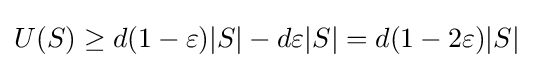
U(S)\geq d(1-\varepsilon )|S|-d\varepsilon |S|=d(1-2\varepsilon )|S|